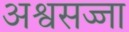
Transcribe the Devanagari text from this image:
अश्वसज्जा